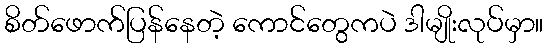
စိတ်ဖောက်ပြန်နေတဲ့ ကောင်တွေကပဲ ဒါမျိုးလုပ်မှာ။